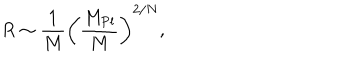
LaTeX: R \sim { \frac { 1 } { M } } \left( \frac { M _ { \mathrm { P l } } } { M } \right) ^ { 2 / N } ,